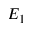
E _ { 1 }